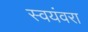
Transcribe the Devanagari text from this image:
स्वयंवरा